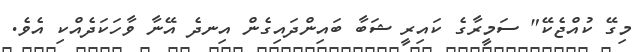
މިގޭ ކުއްޖެކޭ" ސަމީރާގެ ކައިރީ ޝަބާ ބައިންދައިގެން އިނދެ އޭނާ ވާހަކަދެއްކި އެވެ.